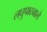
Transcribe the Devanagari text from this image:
लघुपाठवाले